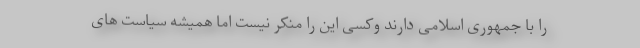
را با جمهوری اسلامی دارند وکسی این را منکر نیست اما همیشه سیاست های